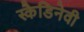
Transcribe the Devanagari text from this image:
स्कैडिनेवी